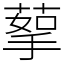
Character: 蒘